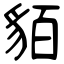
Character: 貊